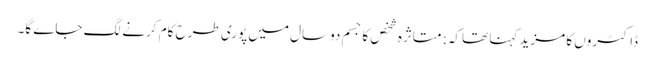
ڈاکٹروں کا مزید کہنا تھاکہ; متاثرہ شخص کا جسم دوسال میں پوری طرح کام کرنے لگ جاے گا۔